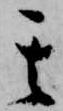
其